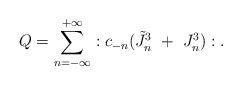
LaTeX: \begin{align*}Q={\sum^{+\infty}_{n=-\infty}}:c_{-n}(\tilde J^3_n~+~J^3_n):.\end{align*}